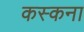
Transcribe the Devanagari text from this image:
कस्कना